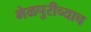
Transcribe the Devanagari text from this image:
भेळपुरीच्याच